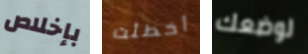
بإخلاص أخطئت لوضعك